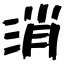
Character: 消